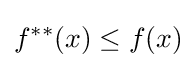
f^{**}(x)\leq f(x)